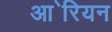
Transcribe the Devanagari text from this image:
आ॓रियन